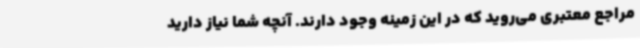
مراجع معتبری می‌روید که در این زمینه وجود دارند. آنچه شما نیاز دارید